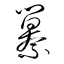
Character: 纂